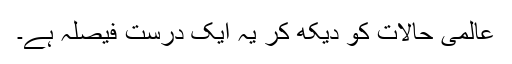
عالمی حالات کو دیکھ کر یہ ایک درست فیصلہ ہے۔